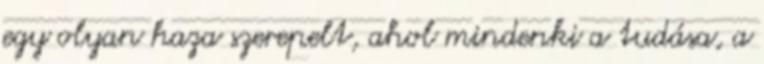
egy olyan haza szerepelt, ahol mindenki a tudása, a